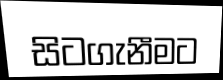
සිටගැනීමට